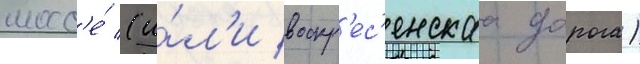
шосс'е́ (и́л'и воскр'ес'енскаа дорога)